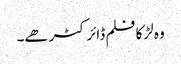
وہ لڑکا فلم ڈائرکٹر ھے۔